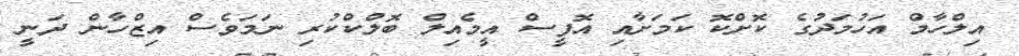
އިލްހާމް އަހުމަދުގެ ކޮށްކޮ ކަމަށާއި އޮފީސް އީމެއިލް ބޮލްކްކުރި ނަމަވެސް އިޒްހާން ދަނީ